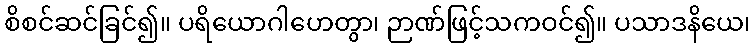
စိစင်ဆင်ခြင်၍။ ပရိယောဂါဟေတွာ၊ ဉာဏ်ဖြင့်သကဝင်၍။ ပသာဒနိယေ၊